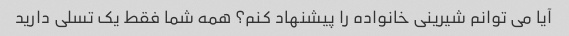
آیا می توانم شیرینی خانواده را پیشنهاد کنم؟ همه شما فقط یک تسلی دارید